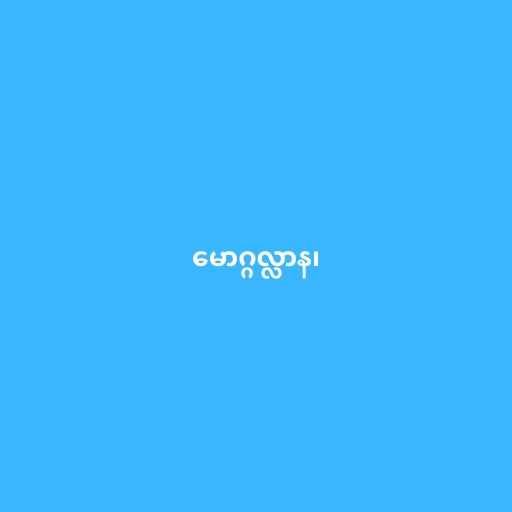
မောဂ္ဂလ္လာန၊